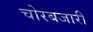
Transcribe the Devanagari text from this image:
चोरबजारी